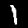
Digit: 1